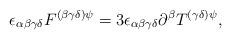
LaTeX: \begin{align*}\epsilon _{\alpha \beta \gamma \delta }F^{(\beta \gamma \delta )\psi}=3\epsilon _{\alpha \beta \gamma \delta }\partial ^{\beta }T^{(\gamma\delta )\psi },\end{align*}